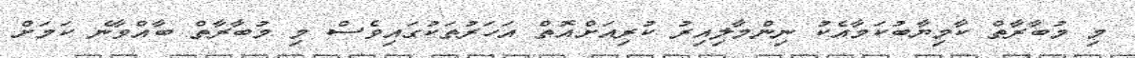
މި މުބާރާތް ކާމިޔާބުކަމާއެކު ނިންމާލިއިރު ކުރިއަށްއޮތް އަހަރުތަކުގައިވެސް މި މުބާރާތް ބާއްވާނެ ކަމަށް